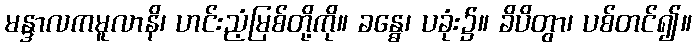
မန္ဒာလကမူလာနိ၊ ဟင်းညံ့မြစ်တို့ကို။ ခန္ဓေ၊ ပခုံး၌။ ခိပိတွာ၊ ပစ်တင်၍။